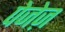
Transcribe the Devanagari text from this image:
पेजेज़